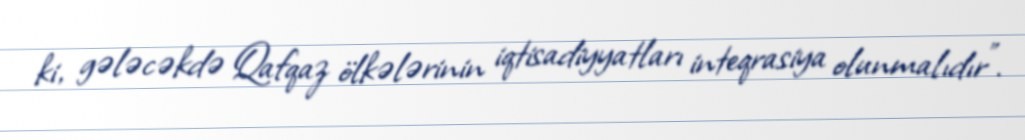
ki, gələcəkdə Qafqaz ölkələrinin iqtisadiyyatları inteqrasiya olunmalıdır”.